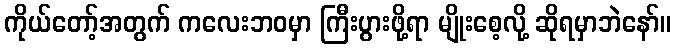
ကိုယ်တော့်အတွက် ကလေးဘဝမှာ ကြီးပွားဖို့ရာ မျိုးစေ့လို့ ဆိုရမှာဘဲနော်။